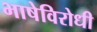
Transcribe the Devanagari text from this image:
भाषेविरोधी